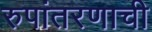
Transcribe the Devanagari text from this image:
रुपांतरणाची